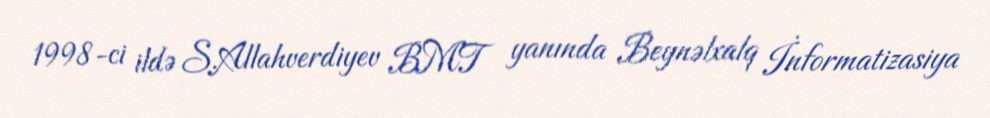
1998-ci ildə S.Allahverdiyev BMT yanında Beynəlxalq İnformatizasiya